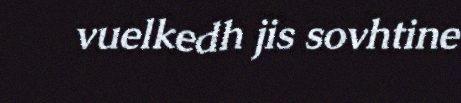
vuelkedh jis sovhtine